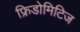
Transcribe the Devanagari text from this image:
फ्रिडोमिटिज